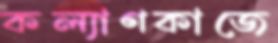
কল্যাণকাজে